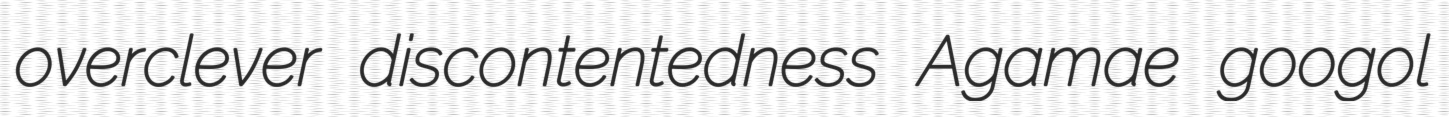
overclever discontentedness Agamae googol